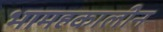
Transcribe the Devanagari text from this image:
भामहकालीन